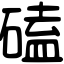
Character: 磕